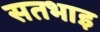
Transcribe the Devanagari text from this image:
सतभाइ